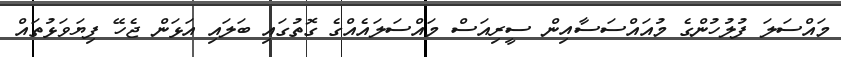
މައްސަލަ ފުލުހުންގެ މުއައްސަސާއިން ސީރިއަސް މައްސަލައެއްގެ ގޮތުގައި ބަލައި އަޅަން ޖެހޭ ފިޔަވަޅުތައް